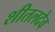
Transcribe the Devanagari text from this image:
शीतलदेव